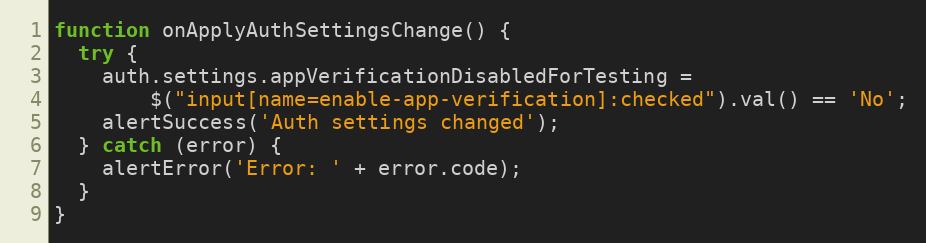
Language: JavaScript
function onApplyAuthSettingsChange() {
  try {
    auth.settings.appVerificationDisabledForTesting =
        $("input[name=enable-app-verification]:checked").val() == 'No';
    alertSuccess('Auth settings changed');
  } catch (error) {
    alertError('Error: ' + error.code);
  }
}